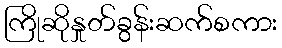
ကြိုဆိုနှုတ်ခွန်းဆက်စကား